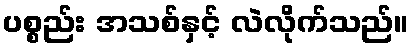
ပစ္စည်း အသစ်နှင့် လဲလိုက်သည်။